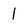
Character: l